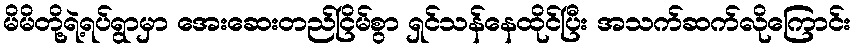
မိမိတို့ရဲ့ရပ်ရွာမှာ အေးဆေးတည်ငြိမ်စွာ ရှင်သန်နေထိုင်ပြီး အသက်ဆက်လိုကြောင်း